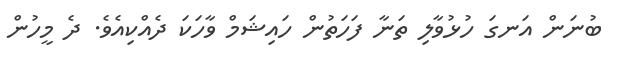
ބުނަން އަނގަ ހުޅުވާލި ތަނާ ފަހަތުން ހައިޝަމް ވާހަކަ ދެއްކިއެވެ. ދެ މީހުން